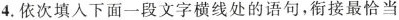
4.依次填入下面一段文字横线处的语句，衔接最恰当